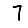
Digit: 7